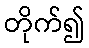
တိုက်၍